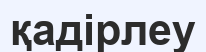
қадірлеу